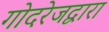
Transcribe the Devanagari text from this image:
गोदरेजद्वारा